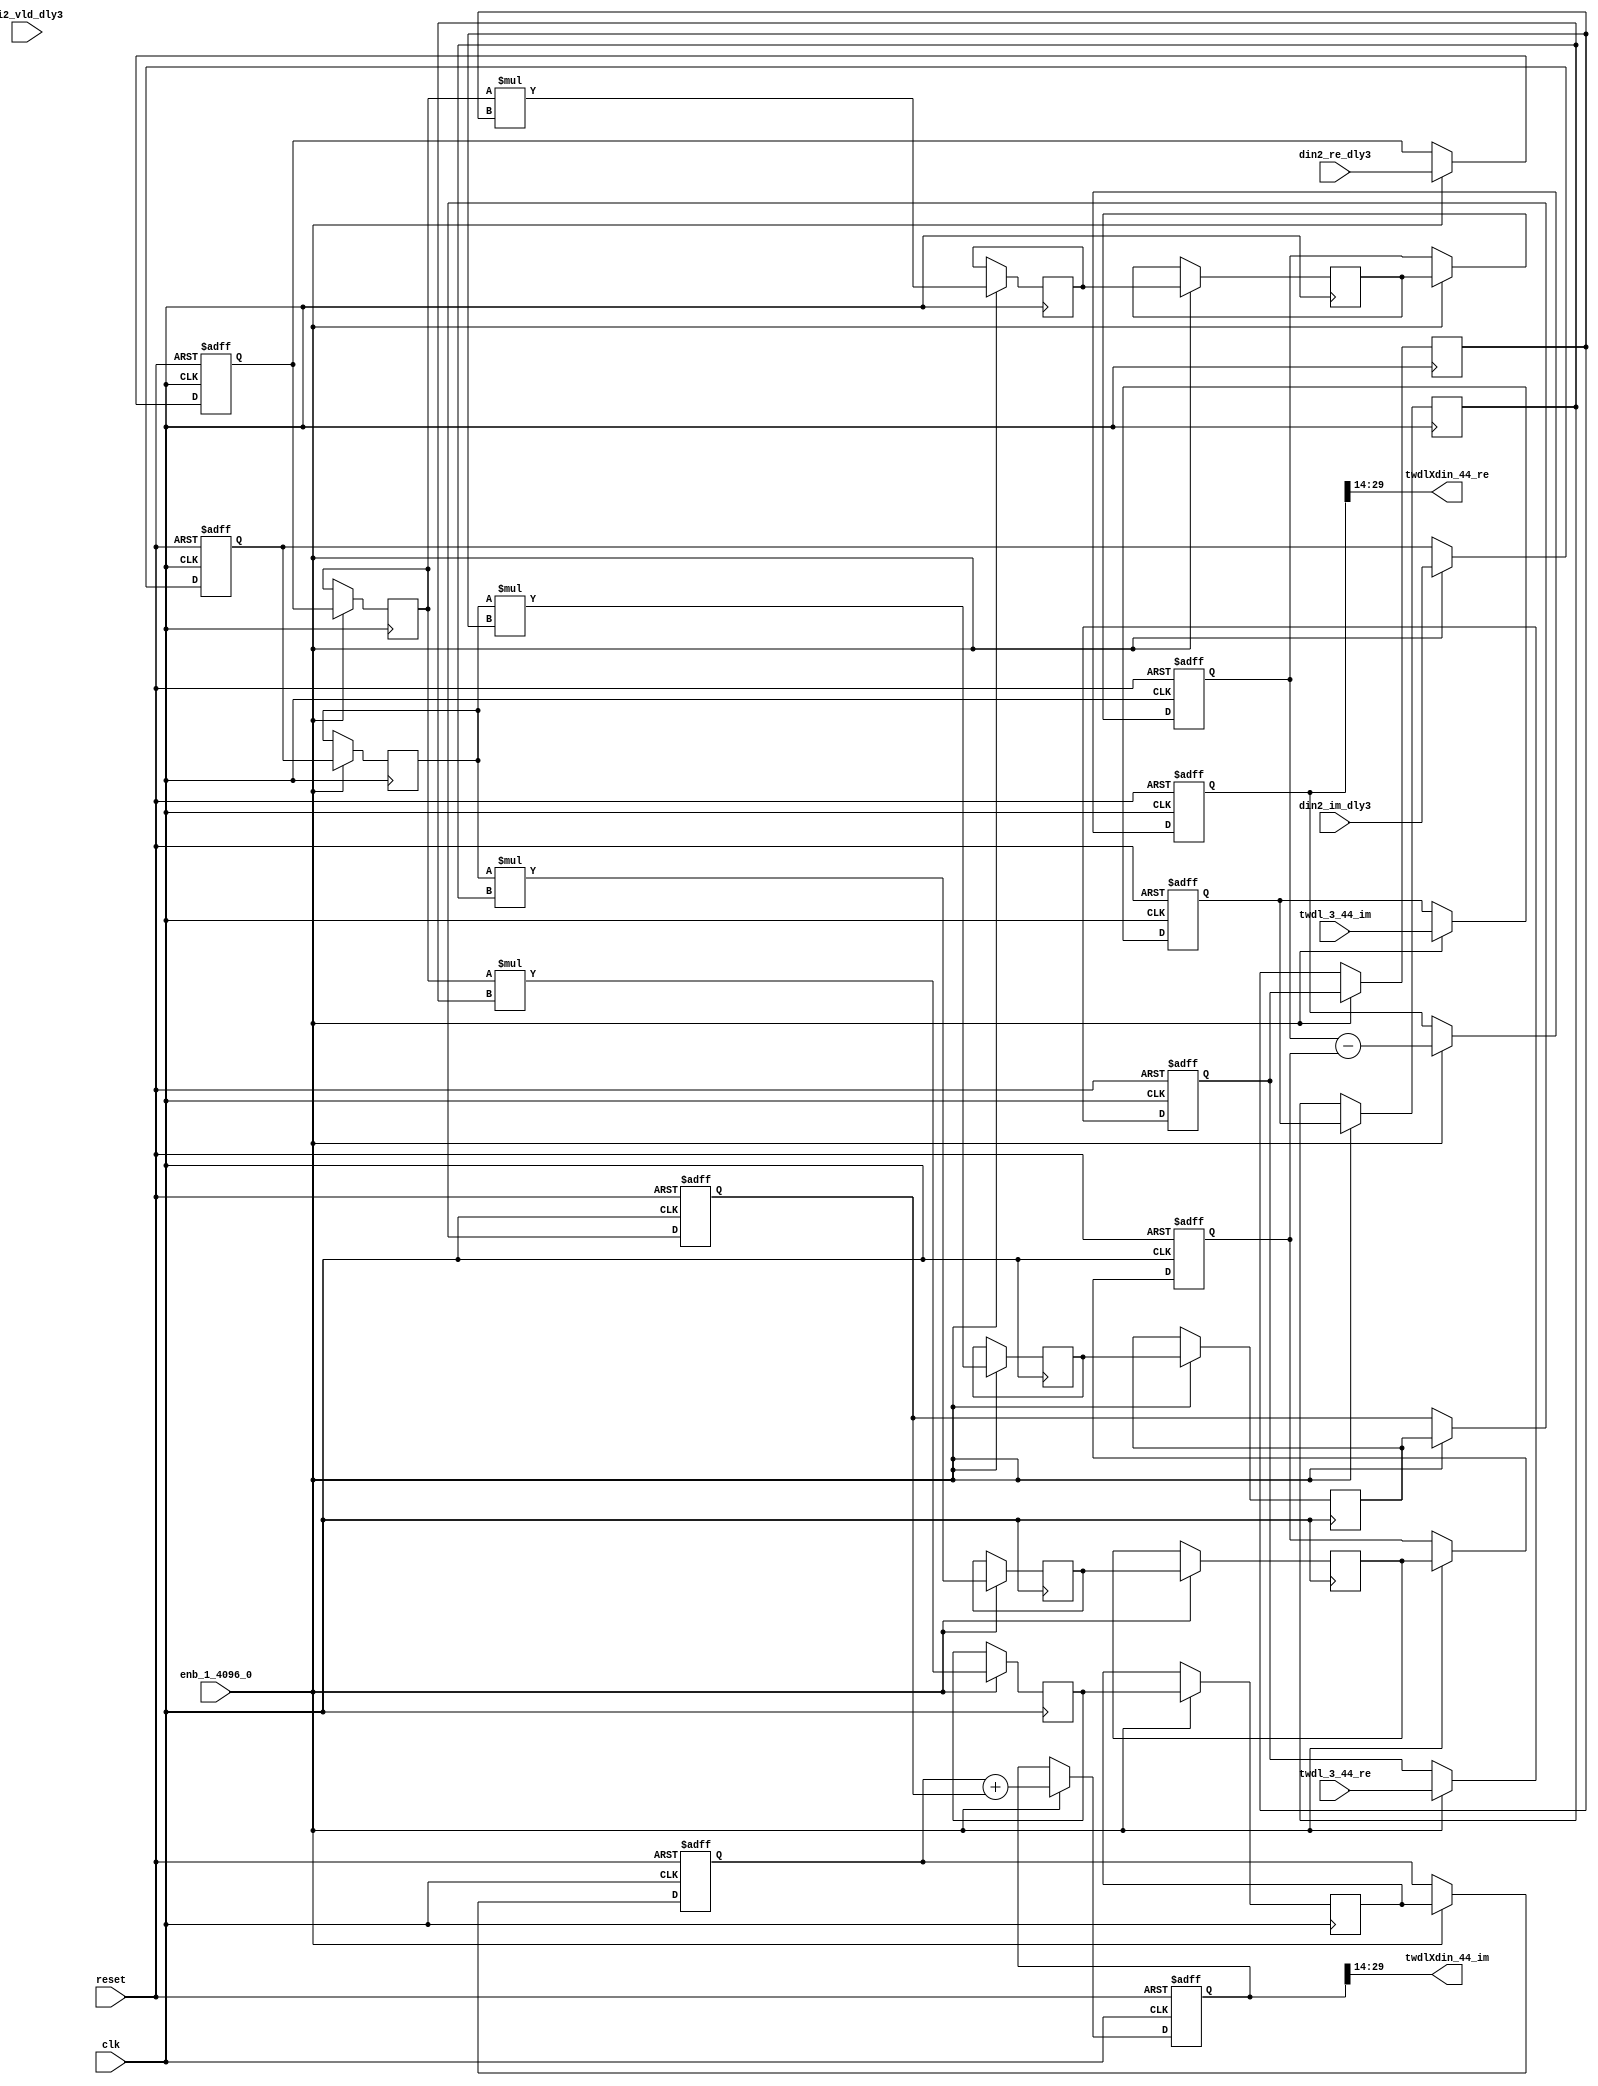
// -------------------------------------------------------------
// 
// 
// Generated by MATLAB 9.14 and HDL Coder 4.1
// 
// -------------------------------------------------------------


// -------------------------------------------------------------
// 
// Module: Complex4Multiply_block40
// Source Path: dsphdl.IFFT/TWDLMULT_SDNF1_3/Complex4Multiply
// Hierarchy Level: 5
// 
// -------------------------------------------------------------

`timescale 1 ns / 1 ns

module Complex4Multiply_block40
          (clk,
           reset,
           enb_1_4096_0,
           din2_re_dly3,
           din2_im_dly3,
           di2_vld_dly3,
           twdl_3_44_re,
           twdl_3_44_im,
           twdlXdin_44_re,
           twdlXdin_44_im);


  input   clk;
  input   reset;
  input   enb_1_4096_0;
  input   signed [15:0] din2_re_dly3;  // sfix16_En14
  input   signed [15:0] din2_im_dly3;  // sfix16_En14
  input   di2_vld_dly3;
  input   signed [15:0] twdl_3_44_re;  // sfix16_En14
  input   signed [15:0] twdl_3_44_im;  // sfix16_En14
  output  signed [15:0] twdlXdin_44_re;  // sfix16_En14
  output  signed [15:0] twdlXdin_44_im;  // sfix16_En14


  reg signed [15:0] din_re_reg;  // sfix16_En14
  reg signed [15:0] din_im_reg;  // sfix16_En14
  reg signed [15:0] twdl_re_reg;  // sfix16_En14
  reg signed [15:0] twdl_im_reg;  // sfix16_En14
  reg signed [15:0] Complex4Multiply_din1_re_pipe1;  // sfix16
  reg signed [15:0] Complex4Multiply_din1_im_pipe1;  // sfix16
  reg signed [31:0] Complex4Multiply_mult1_re_pipe1;  // sfix32
  reg signed [31:0] Complex4Multiply_mult2_re_pipe1;  // sfix32
  reg signed [31:0] Complex4Multiply_mult1_im_pipe1;  // sfix32
  reg signed [31:0] Complex4Multiply_mult2_im_pipe1;  // sfix32
  reg signed [15:0] Complex4Multiply_twiddle_re_pipe1;  // sfix16
  reg signed [15:0] Complex4Multiply_twiddle_im_pipe1;  // sfix16
  reg signed [31:0] prod1_re;  // sfix32_En28
  reg signed [31:0] prod1_im;  // sfix32_En28
  reg signed [31:0] prod2_re;  // sfix32_En28
  reg signed [31:0] prod2_im;  // sfix32_En28
  reg  din_vld_dly1;
  reg  din_vld_dly2;
  reg  din_vld_dly3;
  reg  prod_vld;
  reg signed [32:0] Complex4Add_multRes_re_reg;  // sfix33
  reg signed [32:0] Complex4Add_multRes_im_reg;  // sfix33
  reg  Complex4Add_prod_vld_reg1;
  reg signed [31:0] Complex4Add_prod1_re_reg;  // sfix32
  reg signed [31:0] Complex4Add_prod1_im_reg;  // sfix32
  reg signed [31:0] Complex4Add_prod2_re_reg;  // sfix32
  reg signed [31:0] Complex4Add_prod2_im_reg;  // sfix32
  wire signed [32:0] Complex4Add_multRes_re_reg_next;  // sfix33_En28
  wire signed [32:0] Complex4Add_multRes_im_reg_next;  // sfix33_En28
  wire signed [32:0] Complex4Add_sub_cast;  // sfix33_En28
  wire signed [32:0] Complex4Add_sub_cast_1;  // sfix33_En28
  wire signed [32:0] Complex4Add_add_cast;  // sfix33_En28
  wire signed [32:0] Complex4Add_add_cast_1;  // sfix33_En28
  wire signed [32:0] mulResFP_re;  // sfix33_En28
  wire signed [32:0] mulResFP_im;  // sfix33_En28
  reg  twdlXdin2_vld;

  initial begin
    Complex4Multiply_din1_re_pipe1 = 16'sb0000000000000000;
    Complex4Multiply_din1_im_pipe1 = 16'sb0000000000000000;
    Complex4Multiply_twiddle_re_pipe1 = 16'sb0000000000000000;
    Complex4Multiply_twiddle_im_pipe1 = 16'sb0000000000000000;
    Complex4Multiply_mult1_re_pipe1 = 32'sb00000000000000000000000000000000;
    Complex4Multiply_mult2_re_pipe1 = 32'sb00000000000000000000000000000000;
    Complex4Multiply_mult1_im_pipe1 = 32'sb00000000000000000000000000000000;
    Complex4Multiply_mult2_im_pipe1 = 32'sb00000000000000000000000000000000;
    prod1_re = 32'sb00000000000000000000000000000000;
    prod2_re = 32'sb00000000000000000000000000000000;
    prod1_im = 32'sb00000000000000000000000000000000;
    prod2_im = 32'sb00000000000000000000000000000000;
  end

  always @(posedge clk or posedge reset)
    begin : intdelay_process
      if (reset == 1'b1) begin
        din_re_reg <= 16'sb0000000000000000;
      end
      else begin
        if (enb_1_4096_0) begin
          din_re_reg <= din2_re_dly3;
        end
      end
    end



  always @(posedge clk or posedge reset)
    begin : intdelay_1_process
      if (reset == 1'b1) begin
        din_im_reg <= 16'sb0000000000000000;
      end
      else begin
        if (enb_1_4096_0) begin
          din_im_reg <= din2_im_dly3;
        end
      end
    end



  always @(posedge clk or posedge reset)
    begin : intdelay_2_process
      if (reset == 1'b1) begin
        twdl_re_reg <= 16'sb0000000000000000;
      end
      else begin
        if (enb_1_4096_0) begin
          twdl_re_reg <= twdl_3_44_re;
        end
      end
    end



  always @(posedge clk or posedge reset)
    begin : intdelay_3_process
      if (reset == 1'b1) begin
        twdl_im_reg <= 16'sb0000000000000000;
      end
      else begin
        if (enb_1_4096_0) begin
          twdl_im_reg <= twdl_3_44_im;
        end
      end
    end



  // Complex4Multiply
  always @(posedge clk)
    begin : Complex4Multiply_process
      if (enb_1_4096_0) begin
        prod1_re <= Complex4Multiply_mult1_re_pipe1;
        prod2_re <= Complex4Multiply_mult2_re_pipe1;
        prod1_im <= Complex4Multiply_mult1_im_pipe1;
        prod2_im <= Complex4Multiply_mult2_im_pipe1;
        Complex4Multiply_mult1_re_pipe1 <= Complex4Multiply_din1_re_pipe1 * Complex4Multiply_twiddle_re_pipe1;
        Complex4Multiply_mult2_re_pipe1 <= Complex4Multiply_din1_im_pipe1 * Complex4Multiply_twiddle_im_pipe1;
        Complex4Multiply_mult1_im_pipe1 <= Complex4Multiply_din1_re_pipe1 * Complex4Multiply_twiddle_im_pipe1;
        Complex4Multiply_mult2_im_pipe1 <= Complex4Multiply_din1_im_pipe1 * Complex4Multiply_twiddle_re_pipe1;
        Complex4Multiply_twiddle_re_pipe1 <= twdl_re_reg;
        Complex4Multiply_twiddle_im_pipe1 <= twdl_im_reg;
        Complex4Multiply_din1_re_pipe1 <= din_re_reg;
        Complex4Multiply_din1_im_pipe1 <= din_im_reg;
      end
    end



  always @(posedge clk or posedge reset)
    begin : intdelay_4_process
      if (reset == 1'b1) begin
        din_vld_dly1 <= 1'b0;
      end
      else begin
        if (enb_1_4096_0) begin
          din_vld_dly1 <= di2_vld_dly3;
        end
      end
    end



  always @(posedge clk or posedge reset)
    begin : intdelay_5_process
      if (reset == 1'b1) begin
        din_vld_dly2 <= 1'b0;
      end
      else begin
        if (enb_1_4096_0) begin
          din_vld_dly2 <= din_vld_dly1;
        end
      end
    end



  always @(posedge clk or posedge reset)
    begin : intdelay_6_process
      if (reset == 1'b1) begin
        din_vld_dly3 <= 1'b0;
      end
      else begin
        if (enb_1_4096_0) begin
          din_vld_dly3 <= din_vld_dly2;
        end
      end
    end



  always @(posedge clk or posedge reset)
    begin : intdelay_7_process
      if (reset == 1'b1) begin
        prod_vld <= 1'b0;
      end
      else begin
        if (enb_1_4096_0) begin
          prod_vld <= din_vld_dly3;
        end
      end
    end



  // Complex4Add
  always @(posedge clk or posedge reset)
    begin : Complex4Add_process
      if (reset == 1'b1) begin
        Complex4Add_multRes_re_reg <= 33'sh000000000;
        Complex4Add_multRes_im_reg <= 33'sh000000000;
        Complex4Add_prod1_re_reg <= 32'sb00000000000000000000000000000000;
        Complex4Add_prod1_im_reg <= 32'sb00000000000000000000000000000000;
        Complex4Add_prod2_re_reg <= 32'sb00000000000000000000000000000000;
        Complex4Add_prod2_im_reg <= 32'sb00000000000000000000000000000000;
        Complex4Add_prod_vld_reg1 <= 1'b0;
        twdlXdin2_vld <= 1'b0;
      end
      else begin
        if (enb_1_4096_0) begin
          Complex4Add_multRes_re_reg <= Complex4Add_multRes_re_reg_next;
          Complex4Add_multRes_im_reg <= Complex4Add_multRes_im_reg_next;
          Complex4Add_prod1_re_reg <= prod1_re;
          Complex4Add_prod1_im_reg <= prod1_im;
          Complex4Add_prod2_re_reg <= prod2_re;
          Complex4Add_prod2_im_reg <= prod2_im;
          twdlXdin2_vld <= Complex4Add_prod_vld_reg1;
          Complex4Add_prod_vld_reg1 <= prod_vld;
        end
      end
    end

  assign Complex4Add_sub_cast = {Complex4Add_prod1_re_reg[31], Complex4Add_prod1_re_reg};
  assign Complex4Add_sub_cast_1 = {Complex4Add_prod2_re_reg[31], Complex4Add_prod2_re_reg};
  assign Complex4Add_multRes_re_reg_next = Complex4Add_sub_cast - Complex4Add_sub_cast_1;
  assign Complex4Add_add_cast = {Complex4Add_prod1_im_reg[31], Complex4Add_prod1_im_reg};
  assign Complex4Add_add_cast_1 = {Complex4Add_prod2_im_reg[31], Complex4Add_prod2_im_reg};
  assign Complex4Add_multRes_im_reg_next = Complex4Add_add_cast + Complex4Add_add_cast_1;
  assign mulResFP_re = Complex4Add_multRes_re_reg;
  assign mulResFP_im = Complex4Add_multRes_im_reg;



  assign twdlXdin_44_re = mulResFP_re[29:14];



  assign twdlXdin_44_im = mulResFP_im[29:14];



endmodule  // Complex4Multiply_block40